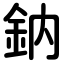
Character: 鈉